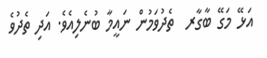
އަޅޭ މަގޭ ބާގާރ  ތެދުވަމުން ނައީމާ ބުނެލިއެވެ. އަދި ތެދުވެ